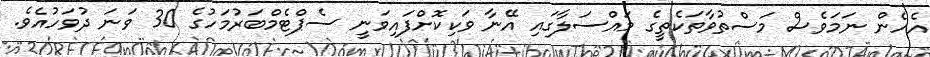
އެހެން ނަމަވެސް މަސްތުވާތަކެތީގެ މައްސަލާގައި އޭނާ ވަކިކޮށްފައިވަނީ ސެޕްޓެމްބަރުމަހުގެ 30 ވަނަ ދުވަހުއެވެ.